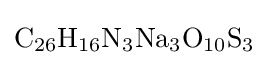
{\mathrm {C} {\vphantom {A}}_{\smash[{t}]{26}}\mathrm {H} {\vphantom {A}}_{\smash[{t}]{16}}\mathrm {N} {\vphantom {A}}_{\smash[{t}]{3}}\mathrm {Na} {\vphantom {A}}_{\smash[{t}]{3}}\mathrm {O} {\vphantom {A}}_{\smash[{t}]{10}}\mathrm {S} {\vphantom {A}}_{\smash[{t}]{3}}}